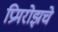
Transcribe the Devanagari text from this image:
प्रिमरोझचे